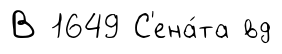
В 1649 С'ена́та вд